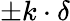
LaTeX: \pm k\cdot\delta